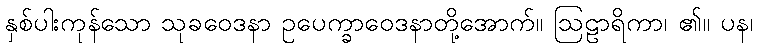
နှစ်ပါးကုန်သော သုခဝေဒနာ ဥပေက္ခာဝေဒနာတို့အောက်။ ဩဠာရိကာ၊ ၏။ ပန၊